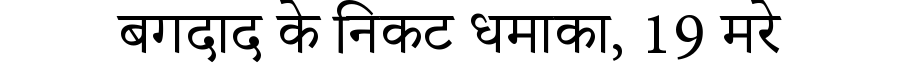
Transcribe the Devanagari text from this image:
बगदाद के निकट धमाका, 19 मरे